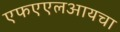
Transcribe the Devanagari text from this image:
एफएएलआयचा